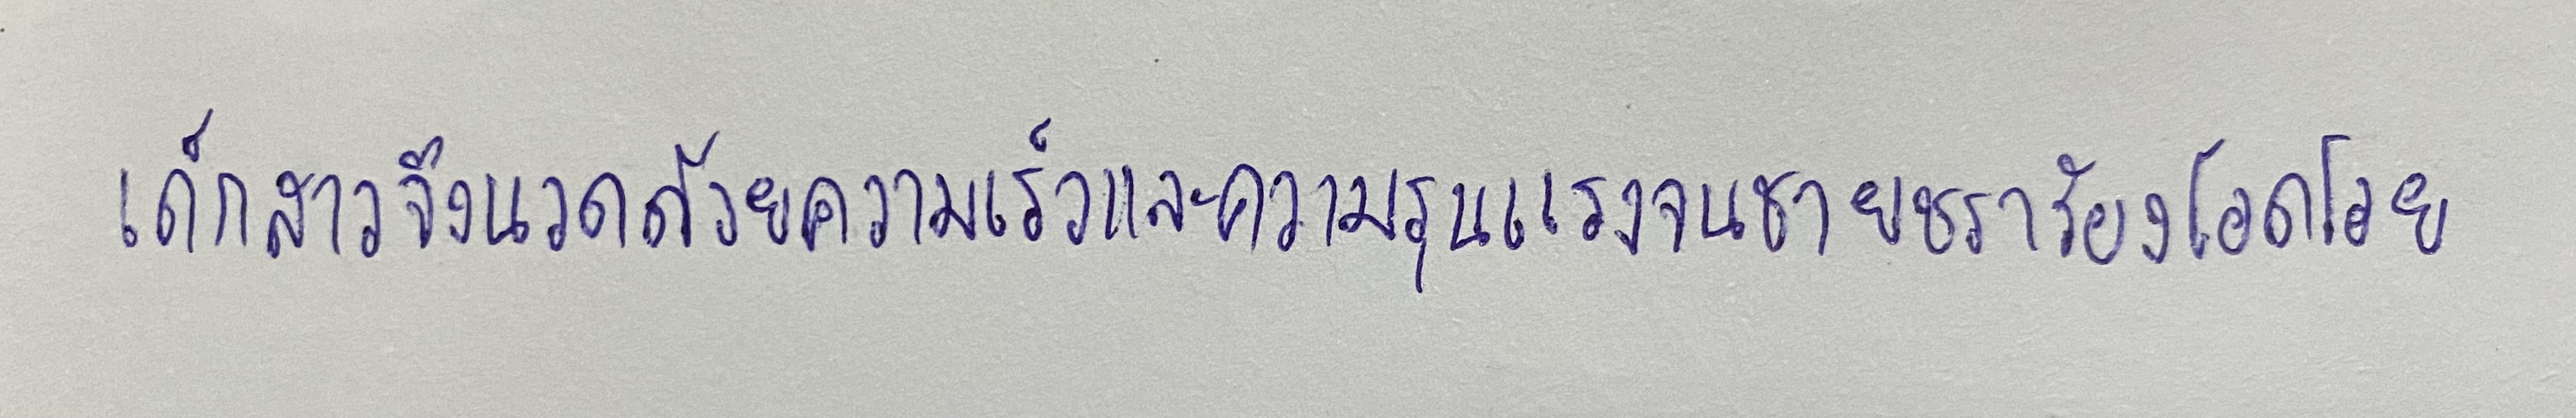
เด็กสาวจึงนวดด้วยความเร็วและความรุนแรงจนชายชราร้องโอดโอย